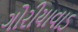
ગોરીયાવાડ